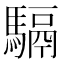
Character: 䮥